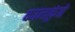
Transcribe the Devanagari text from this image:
कालकुंते